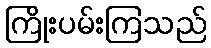
ကြိုးပမ်းကြသည်